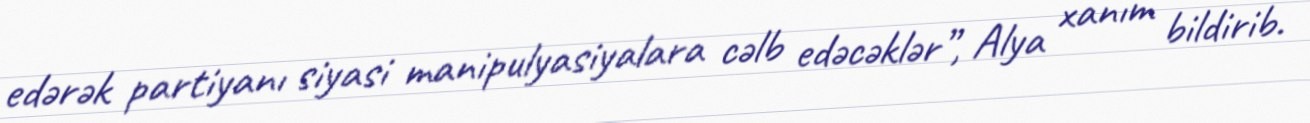
edərək partiyanı siyasi manipulyasiyalara cəlb edəcəklər”, Alya xanım bildirib.